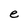
Character: e